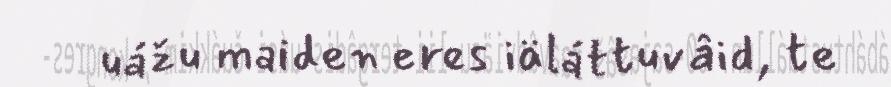
uážu maiden eres iäláttuvâid, te